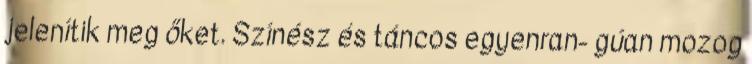
jelenítik meg őket. Színész és táncos egyenran- gúan mozog